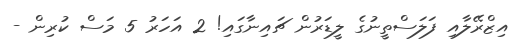
އިޒްރޭލާއި ފަލަސްތީނުގެ ލީޑަރުން ޗައިނާގައި! 2 އަހަރު 5 މަސް ކުރިން -